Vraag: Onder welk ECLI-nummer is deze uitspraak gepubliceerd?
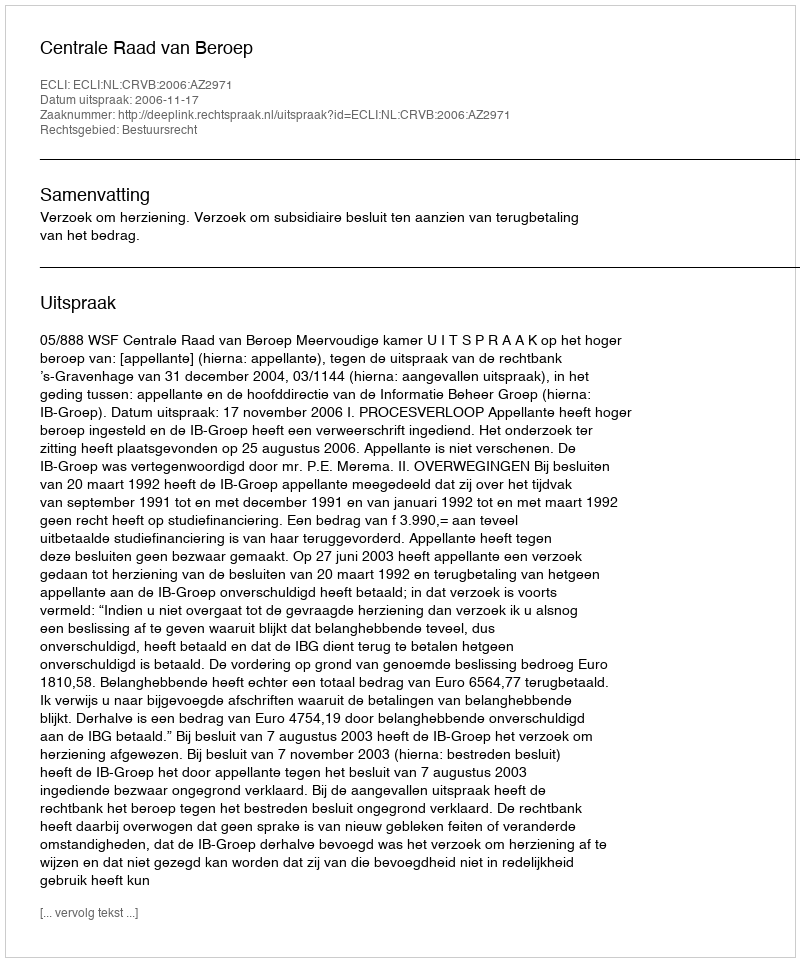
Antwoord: ECLI:NL:CRVB:2006:AZ2971